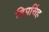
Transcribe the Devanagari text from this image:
दिपसिंह